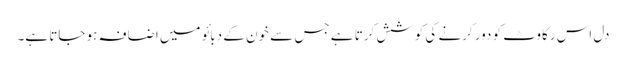
دل اس رکاوٹ کو دور کرنے کی کوشش کرتا ہے جس سے خون کے دبائو میں اضافہ ہو جاتا ہے۔